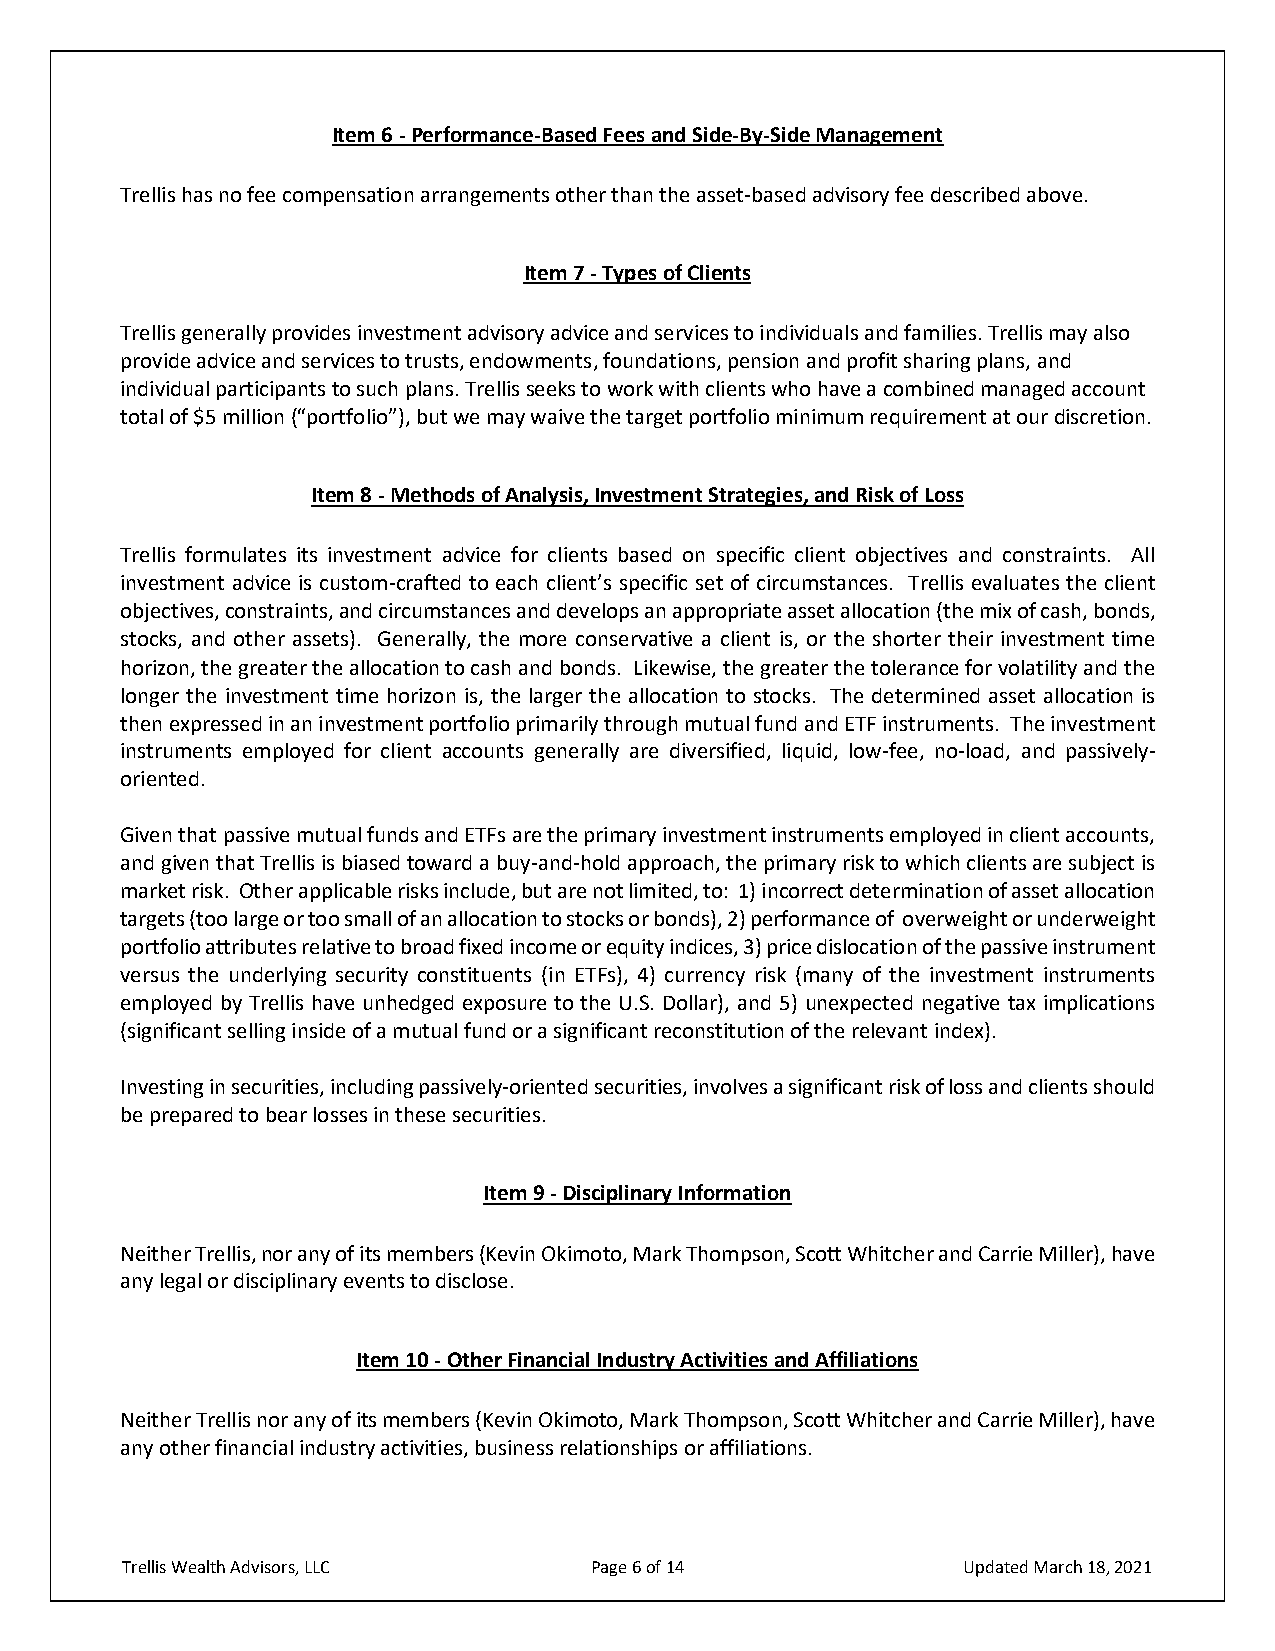
Item 6 - Performance-Based Fees and Side-By-Side Management
 Trellis has no fee compensation arrangements other than the asset-based advisory fee described above.
 Item 7 - Types of Clients
 Trellis generally provides investment advisory advice and services to individuals and families. Trellis may also
 provide advice and services to trusts, endowments, foundations, pension and profit sharing plans, and
 individual participants to such plans. Trellis seeks to work with clients who have a combined managed account
 total of $5 million (“portfolio”), but we may waive the target portfolio minimum requirement at our discretion.
 Item 8 - Methods of Analysis, Investment Strategies, and Risk of Loss
 Trellis formulates its investment advice for clients based on specific client objectives and constraints. All
 investment advice is custom-crafted to each client’s specific set of circumstances. Trellis evaluates the client
 objectives, constraints, and circumstances and develops an appropriate asset allocation (the mix of cash, bonds,
 stocks, and other assets). Generally, the more conservative a client is, or the shorter their investment time
 horizon, the greater the allocation to cash and bonds. Likewise, the greater the tolerance for volatility and the
 longer the investment time horizon is, the larger the allocation to stocks. The determined asset allocation is
 then expressed in an investment portfolio primarily through mutual fund and ETF instruments. The investment
 instruments employed for client accounts generally are diversified, liquid, low-fee, no-load, and passively-
 oriented.
 Given that passive mutual funds and ETFs are the primary investment instruments employed in client accounts,
 and given that Trellis is biased toward a buy-and-hold approach, the primary risk to which clients are subject is
 market risk. Other applicable risks include, but are not limited, to: 1) incorrect determination of asset allocation
 targets (too large or too small of an allocation to stocks or bonds), 2) performance of overweight or underweight
 portfolio attributes relative to broad fixed income or equity indices, 3) price dislocation of the passive instrument
 versus the underlying security constituents (in ETFs), 4) currency risk (many of the investment instruments
 employed by Trellis have unhedged exposure to the U.S. Dollar), and 5) unexpected negative tax implications
 (significant selling inside of a mutual fund or a significant reconstitution of the relevant index).
 Investing in securities, including passively-oriented securities, involves a significant risk of loss and clients should
 be prepared to bear losses in these securities.
 Item 9 - Disciplinary Information
 Neither Trellis, nor any of its members (Kevin Okimoto, Mark Thompson, Scott Whitcher and Carrie Miller), have
 any legal or disciplinary events to disclose.
 Item 10 - Other Financial Industry Activities and Affiliations
 Neither Trellis nor any of its members (Kevin Okimoto, Mark Thompson, Scott Whitcher and Carrie Miller), have
 any other financial industry activities, business relationships or affiliations.
 Trellis Wealth Advisors, LLC   Page 6 of 14             Updated March 18, 2021